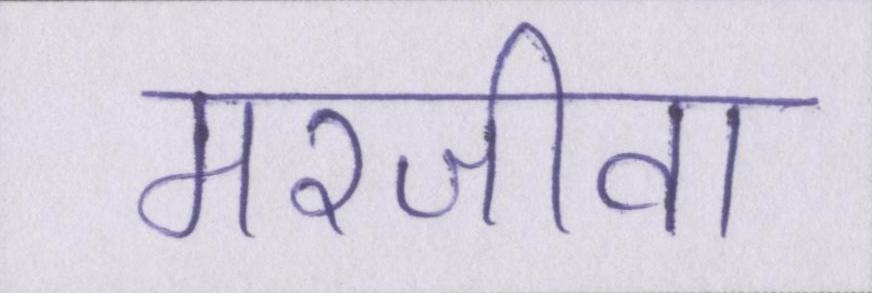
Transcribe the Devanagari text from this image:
मरजीवा